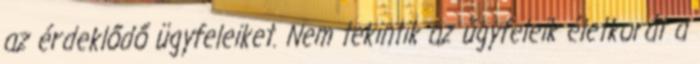
az érdeklődő ügyfeleiket. Nem tekintik az ügyfeleik életkorát a